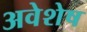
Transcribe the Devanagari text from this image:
अवेशेष